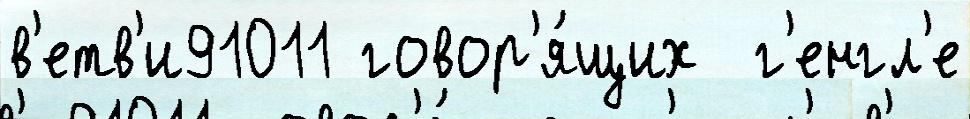
в'етв'и91011 говор'я́щих  г'енгл'е